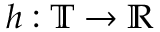
h : \mathbb { T } \to \mathbb { R }